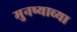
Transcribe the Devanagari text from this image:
मुनष्याच्या